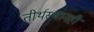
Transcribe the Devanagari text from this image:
तीर्थस्थानही